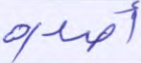
أصدرة